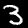
Label: 3